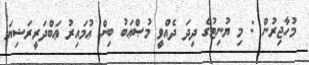
މުހާޖިރުން : މި ޔުނިޓުގެ ދިދަ ދެއްވީ މުޞްޢަބު ބިން ޢުމައިރު ޢަބްދަރީރަޟިޔަ